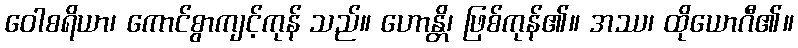
ဝေါစရိယာ၊ ကောင်စွာကျင့်ကုန် သည်။ ဟောန္တိ၊ ဖြစ်ကုန်၏။ အဿ၊ ထိုယောဂီ၏။